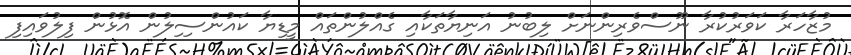
މުޒާހަރާާ ކަވަރުކުރާ ނޫސްވެރިންނަށް ލިބުނު އަނިޔާތަކާއި ގެއްލުންތައް މީޑިޔާ ކައުންސިިލުން އޮޅުން ފިލުވައިފި